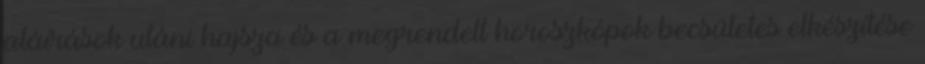
aláírások utáni hajsza és a megrendelt horoszkópok becsületes elkészítése